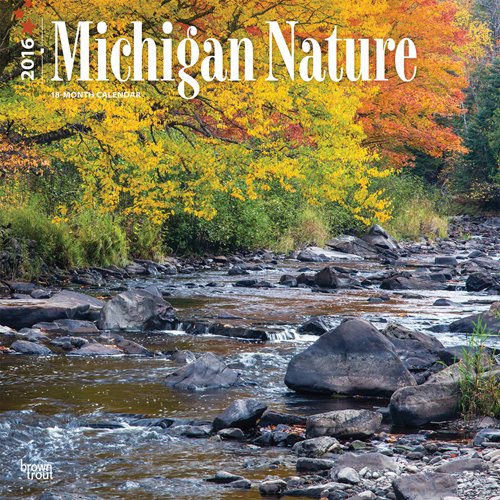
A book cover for Michigan Nature 2016 Square 12x12; Browntrout Publishers; Calendars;